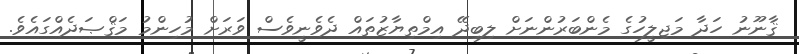
ޤާނޫނު ހަދާ މަޖިލީހުގެ މެންބަރުންނަށް ލިބިދޭ އިމްތިޔާޒުތައް ދެވެނީވެސް ވަރަށް މުހިންމު މަޤްޞަދެއްގައެވެ.